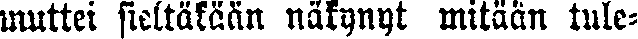
muttei sieltäkään näkynyt mitään tule-